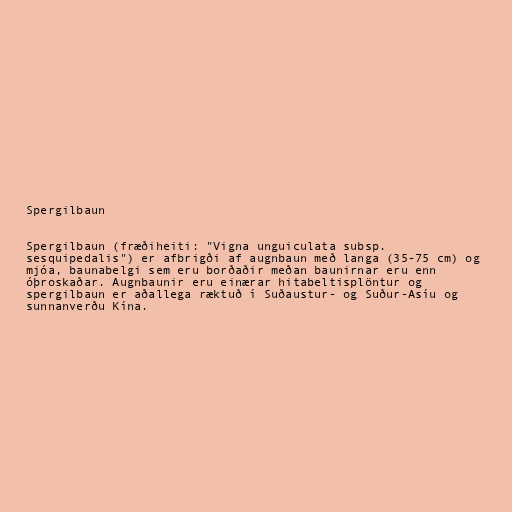
Spergilbaun

Spergilbaun (fræðiheiti: "Vigna unguiculata subsp.
sesquipedalis") er afbrigði af augnbaun með langa (35-75 cm) og
mjóa, baunabelgi sem eru borðaðir meðan baunirnar eru enn
óþroskaðar. Augnbaunir eru einærar hitabeltisplöntur og
spergilbaun er aðallega ræktuð í Suðaustur- og Suður-Asíu og
sunnanverðu Kína.